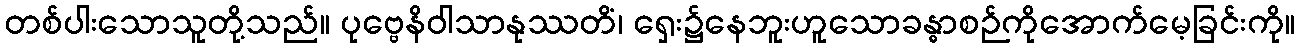
တစ်ပါးသောသူတို့သည်။ ပုဗ္ဗေနိဝါသာနုဿတိံ၊ ရှေး၌နေဘူးဟူသောခန္ဓာစဉ်ကိုအောက်မေ့ခြင်းကို။